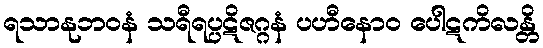
ရသာနုဘဝနံ သရီရပ္ပဋိဇဂ္ဂနံ ပဟီနောဝ ပေါဋကိလန္တိ